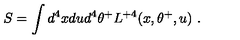
S = \int d ^ { 4 } x d u d ^ { 4 } \theta ^ { + } L ^ { + 4 } ( x , \theta ^ { + } , u ) \ .